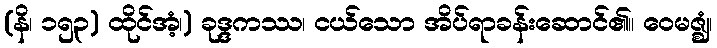
(နိ၊ ၁၅၃) ထိုင်အံ့၊) ခုဒ္ဒကဿ၊ ငယ်သော အိပ်ရာခန်းဆောင်၏။ ဝေမဇ္ဈံ၊